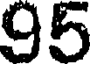
95